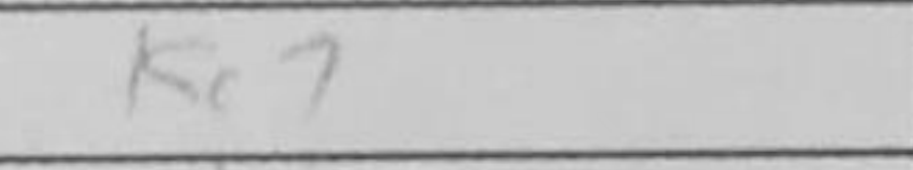
Transcription: Kc7